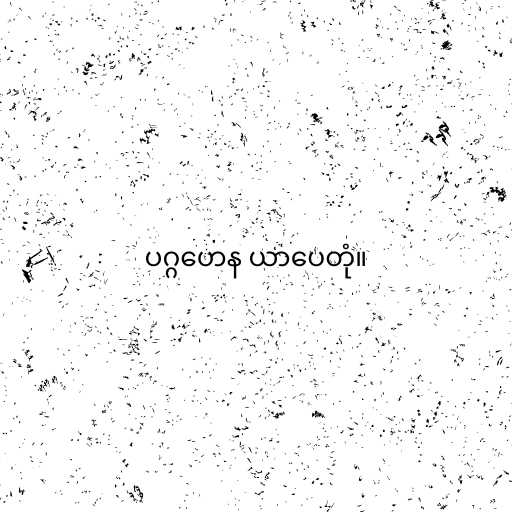
ပဂ္ဂဟေန ယာပေတုံ။